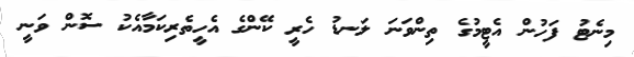
މިނެޓު ފަހުން އެޓީމުގެ ތިންވަނަ ލަނޑު ހެރީ ކޭންގެ އެހީތެރިކަމާއެކު ސޮން ވަނީ